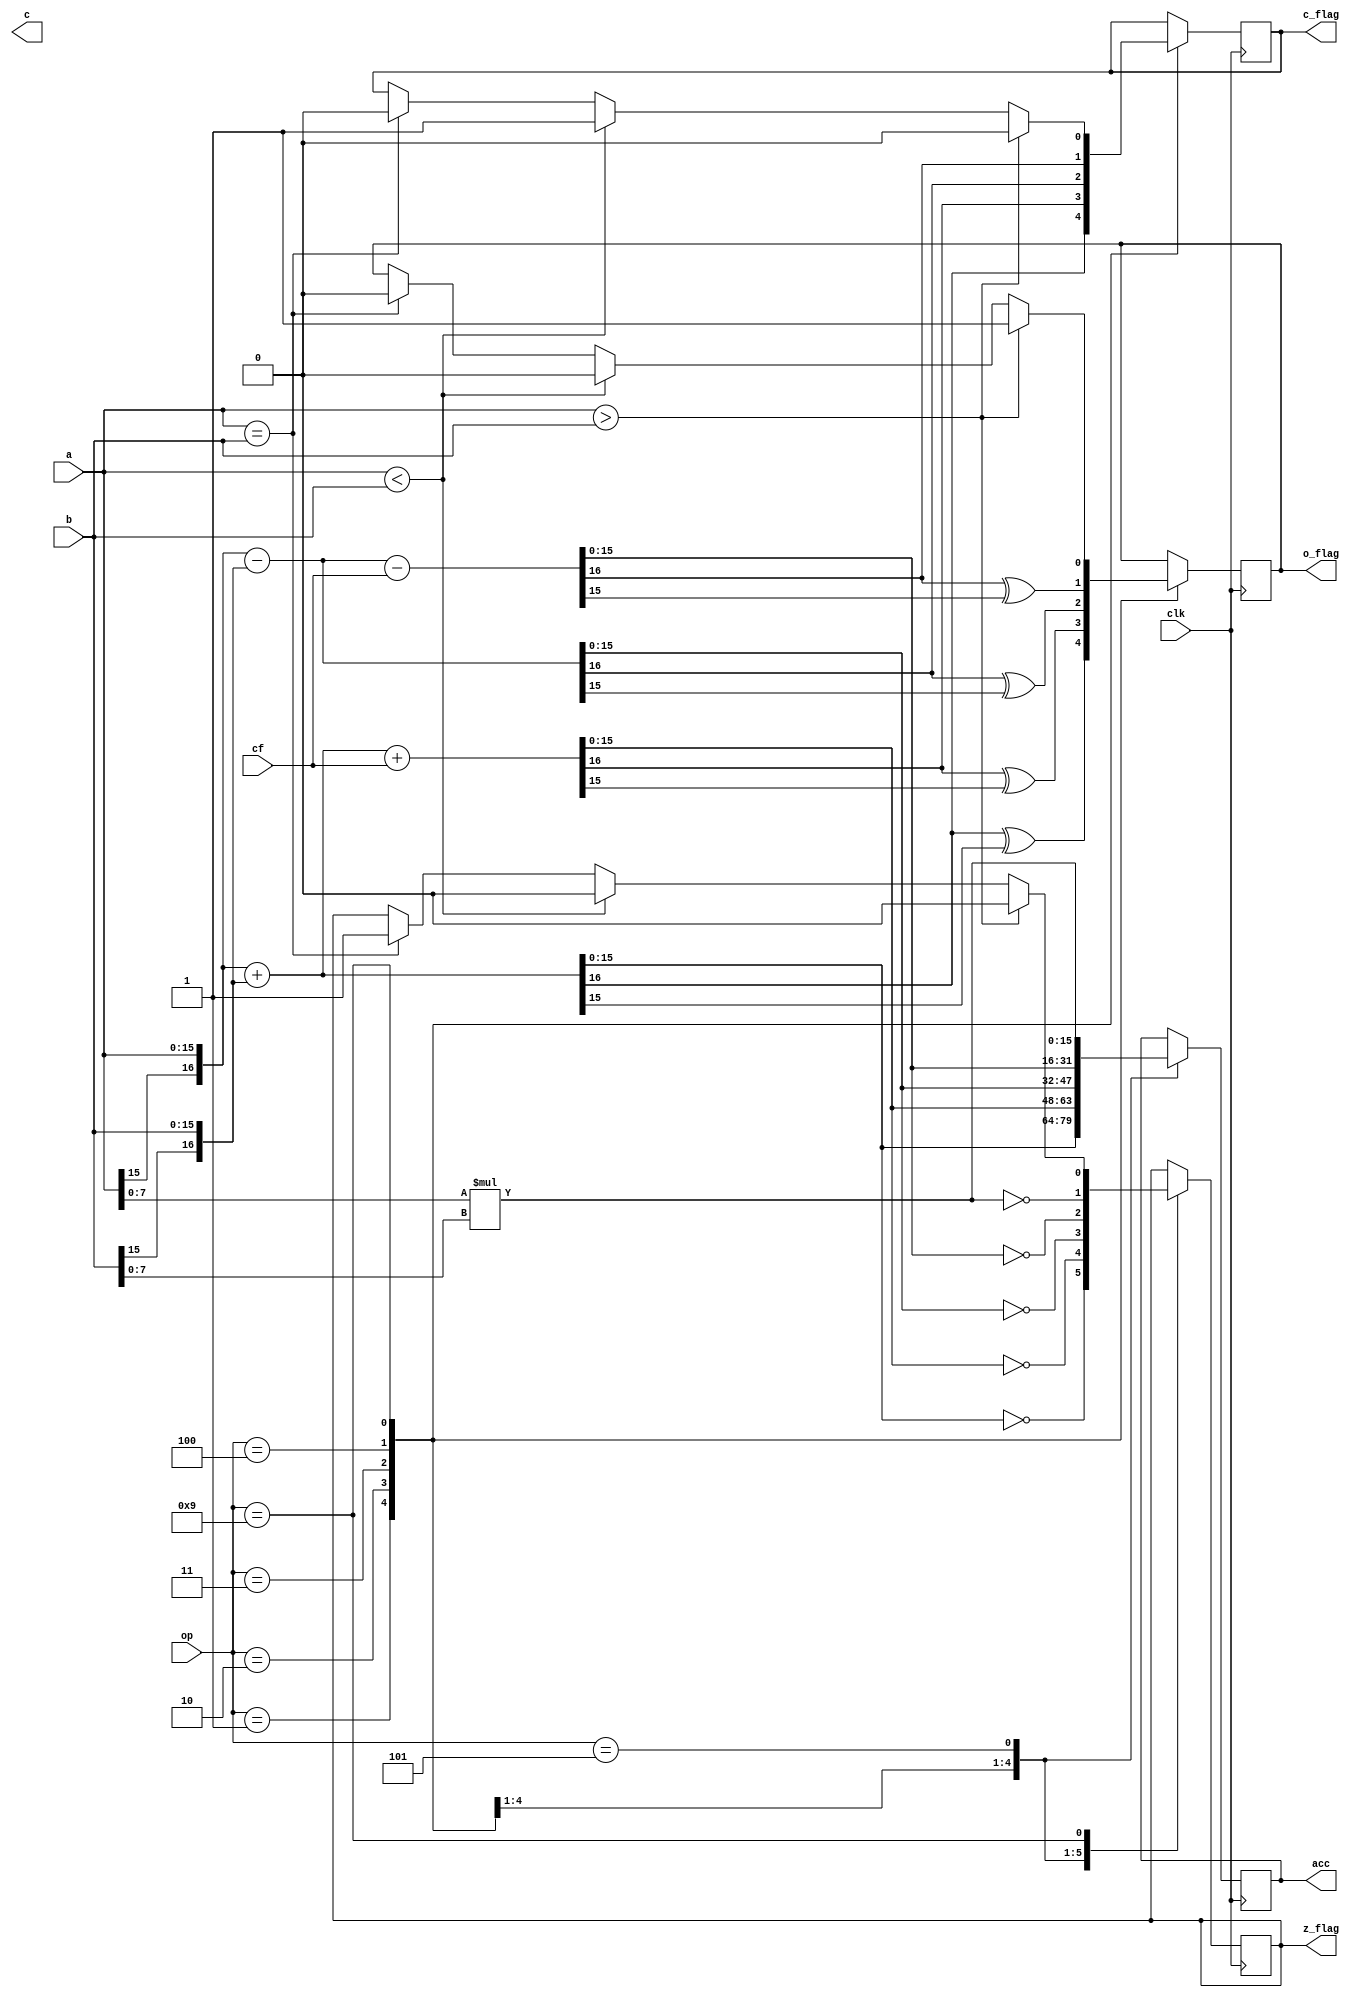
module dALU (
	input clk,
	input [15:0] a,
	input [15:0] b,
	input [7:0] op,
	input cf,
	output reg c_flag,
	output reg z_flag,
	output reg o_flag,
	output reg [15:0] acc,
	output reg [15:0] c);
	parameter xADD = 8'h1;
	parameter xADC = 8'h2;
	parameter xSUB = 8'h3;
	parameter xSUC = 8'h4;
	parameter xMUL8 = 8'h5;
	parameter xDIV8 = 8'h7;
	parameter xCMP = 8'h9;
	always @(posedge clk) begin
		case (op)
			xADD: begin {c_flag, acc} = {a[15], a} + {b[15], b}; o_flag = c_flag ^ acc[15]; z_flag = acc[15:0] == 0;end
			xADC: begin {c_flag, acc} = {a[15], a} + {b[15], b} + cf; o_flag = c_flag ^ acc[15]; z_flag = acc[15:0] == 0;end
			xSUB: begin {c_flag, acc} = {a[15], a} - {b[15], b}; o_flag = c_flag ^ acc[15]; z_flag = acc[15:0] == 0;end
			xSUC: begin {c_flag, acc} = {a[15], a} - {b[15], b} - cf; o_flag = c_flag ^ acc[15]; z_flag = acc[15:0] == 0;end
			xMUL8: begin acc = a[7:0] * b[7:0]; z_flag = acc[15:0] == 0;end
			xCMP: begin
				if (a==b) begin z_flag = 1; c_flag = 0; o_flag = 0; end
				if (a<b) begin z_flag = 0; c_flag = 1; o_flag = 0; end
				if (a>b) begin z_flag = 0; c_flag = 0; o_flag = 1; end
			end
		endcase
	end
endmodule